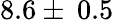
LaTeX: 8.6\pm\: 0.5